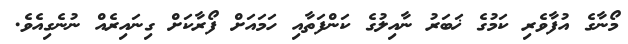
މޯނާގެ އުފާވެރި ކަމުގެ ޚަބަރު ނާއިލުގެ ކަންފަތާއި ހަމައަށް ފޯރާކަށް ގިނައިރެއް ނުނެގިއެވެ.